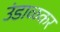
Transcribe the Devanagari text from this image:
उंडाळकर